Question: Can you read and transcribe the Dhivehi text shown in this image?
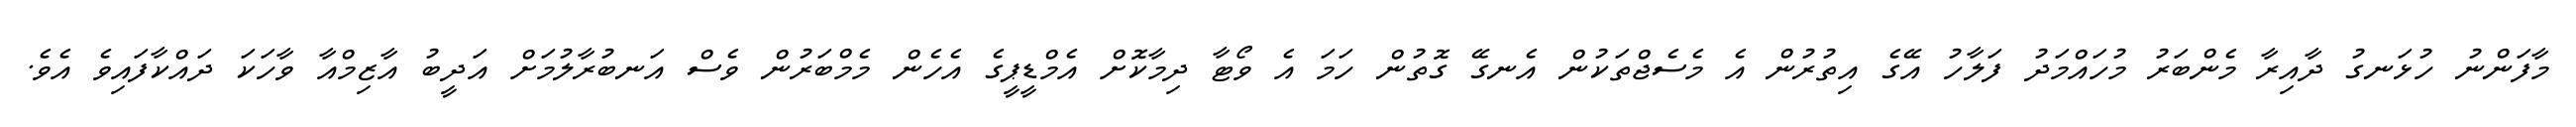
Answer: މާފަންނު ހުޅަނގު ދާއިރާ މެންބަރު މުހައްމަދު ފަލާހު އޭގެ އިތުރުން އެ މެސެޖްތަކުން އެނގޭ ގޮތުން ހަމަ އެ ވޯޓާ ދިމާކޮށް އެމްޑީޕީގެ އެހެން މެމްބަރުން ވެސް އަނބުރާލުމަށް އަދީބު އާޒިމްއާ ވާހަކަ ދައްކާފައިވެ އެވެ.